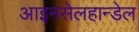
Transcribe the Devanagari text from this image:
आइनसेलहान्डेल